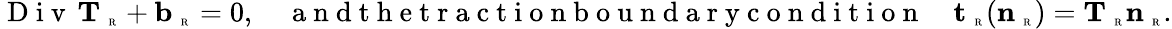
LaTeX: \mathrm{~D~i~v~}\, {\mathbf T}_{\mathrm{~\tiny~R~}}+{\mathbf b}_{\mathrm{~\tiny~R~}}=0,\quad\mathrm{~a~n~d~t~h~e~t~r~a~c~t~i~o~n~b~o~u~n~d~a~r~y~c~o~n~d~i~t~i~o~n~}\quad{\mathbf t}_{\mathrm{~\tiny~R~}}({\mathbf n}_{\mathrm{~\tiny~R~}})={\mathbf T}_{\mathrm{~\tiny~R~}}{\mathbf n}_{\mathrm{~\tiny~R~}}.